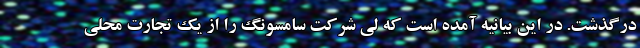
درگذشت. در این بیانیه آمده است که لی شرکت سامسونگ را از یک تجارت محلی